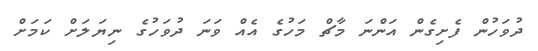
ދުވަހުން ފެށިގެން އަންނަ މާޗް މަހުގެ އެއް ވަނަ ދުވަހުގެ ނިޔަލަށް ކަމަށް